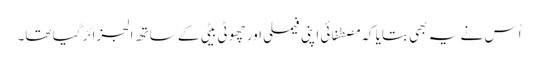
اُس نے یہ بھی بتایا کہ مصطفائی اپنی فیملی اور چھوٹی بیٹی کے ساتھ الجزائرگیا تھا۔